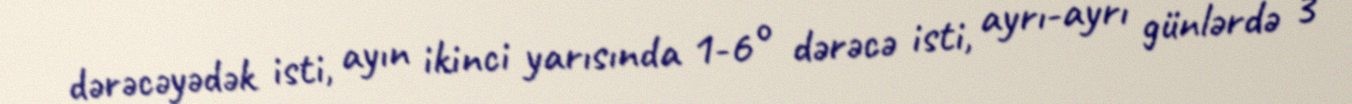
dərəcəyədək isti, ayın ikinci yarısında 1-6° dərəcə isti, ayrı-ayrı günlərdə 3